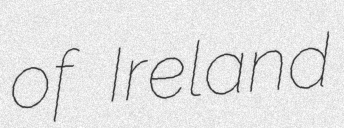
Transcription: of Ireland